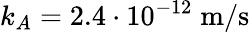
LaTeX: k_{A}=2.4\cdot 10^{-12}\; \mathrm{m}/\mathrm{s}